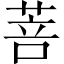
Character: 菩